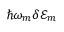
\hbar \omega _ { m } \delta \mathcal { E } _ { m }